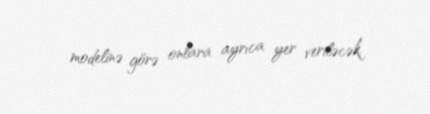
modelinə görə onlara ayrıca yer veriləcək.